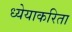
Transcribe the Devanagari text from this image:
ध्येयाकरिता